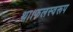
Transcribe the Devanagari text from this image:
था।फलस्वरूप